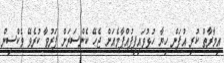
އިމާރާތް ކުރި އުފަން ހިޔާ ހުޅުވައިފިފުއްޕާމެއަށް ޖެހޭ ކެންސަރަށް ފަރުވާ ކުރެވޭ ވެކްސިންް